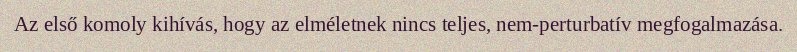
Az első komoly kihívás, hogy az elméletnek nincs teljes, nem-perturbatív megfogalmazása.